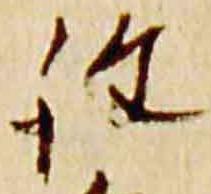
詮